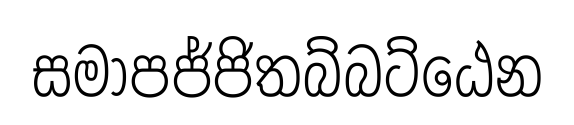
සමාපජ්ජිතබ්බට්ඨෙන